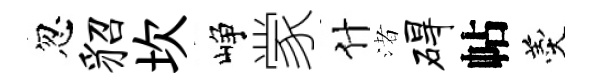
忽貂坎峥䝉什渚碍帖羹